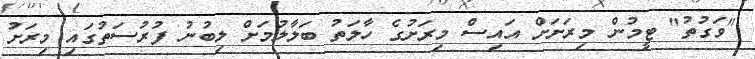
"ވަގުތު" ޓީމުން މިރަށަށް އައިސް މިރަށުގެ ހާލަތު ބަލާލުމަށް ލިބުނު ފުރުސަތުގައި މިރަށު